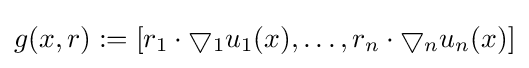
g(x,r):=[r_{1}\cdot \bigtriangledown _{1}u_{1}(x),\ldots ,r_{n}\cdot \bigtriangledown _{n}u_{n}(x)]